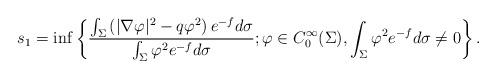
LaTeX: \begin{align*}\displaystyle s_1=\inf\left\{\frac{\int_{\Sigma}\left(|\nabla\varphi|^{2}-q\varphi^2\right)e^{-f}d\sigma}{\int_{\Sigma}\varphi^2e^{-f}d\sigma}; \varphi\in C_0^{\infty}(\Sigma), \int_{\Sigma}\varphi^2e^{-f}d\sigma\neq 0\right\}.\end{align*}